Vaccination report Assam 1896-1927 - 1896-1927
Year: 1896
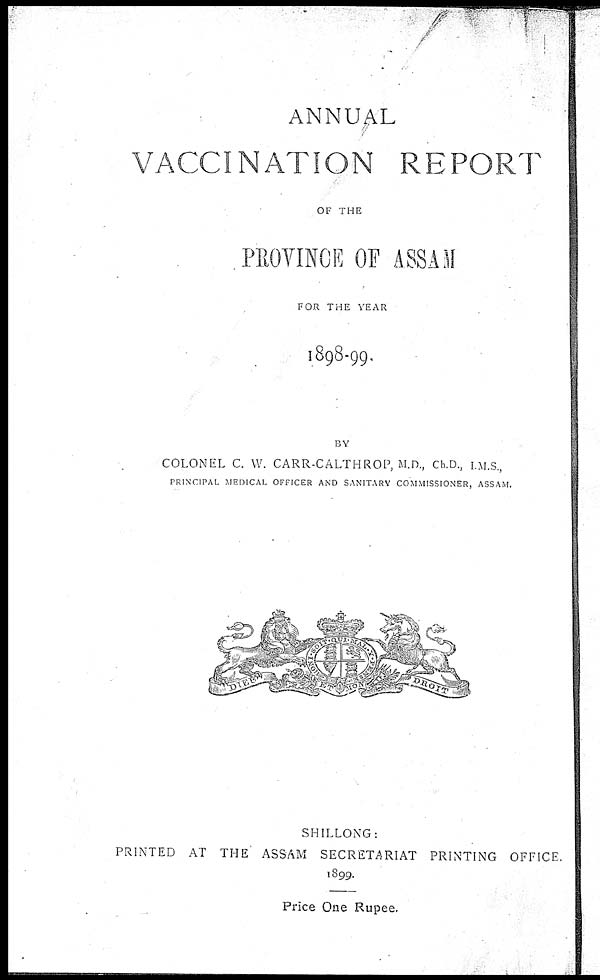
ANNUAL
VACCINATION REPORT
OF THE
PROVINCE OF ASSAM
FOR THE YEAR
1898-99.
BY
COLONEL C. W. CARR-CALTHROP, M.D., Ch.D., I.M.S.,
PRINCIPAL MEDICAL OFFICER AND SANITARY COMMISSIONER, ASSAM.
SHILLONG:
PRINTED AT THE ASSAM SECRETARIAT PRINTING OFFICE.
1899.
Price One Rupee.